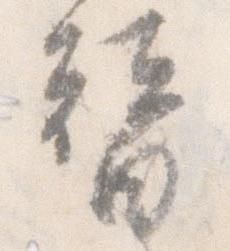
替